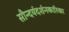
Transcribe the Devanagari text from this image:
सौन्दर्यदर्शनकारिका